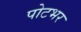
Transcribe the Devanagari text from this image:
पोटभर